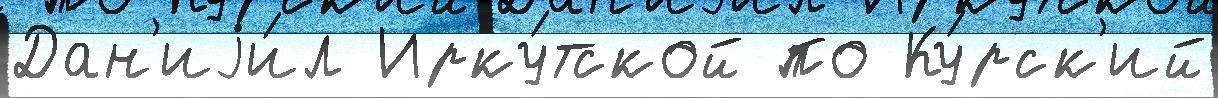
Дан'иjи́л Ирку́тской по Ку́рск'ий